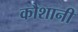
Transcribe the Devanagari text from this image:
कौशानी